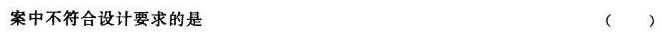
案中不符合设计要求的是 ( )